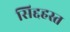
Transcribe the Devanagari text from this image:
सिद्दहस्त